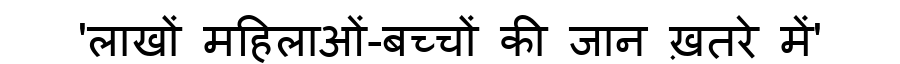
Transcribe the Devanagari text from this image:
'लाखों महिलाओं-बच्चों की जान ख़तरे में'